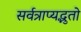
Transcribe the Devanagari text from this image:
सर्वत्राप्यद्भुतो